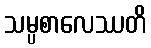
သမ္ပစာလေဿတိ